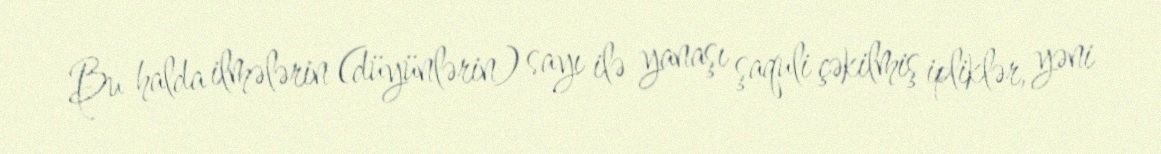
Bu halda ilmələrin (düyünlərin) sayı ilə yanaşı şaquli çəkilmiş ipliklər, yəni